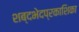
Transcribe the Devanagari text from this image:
शब्दभेदप्रकाशिका